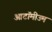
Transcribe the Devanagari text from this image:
आटॉमीउम